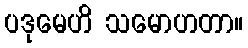
ပဒုမေဟိ သမောဟတာ။